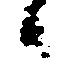
候